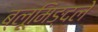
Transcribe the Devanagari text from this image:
ब्लूमिङ्दले